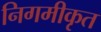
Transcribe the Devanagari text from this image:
निगमीकृत